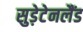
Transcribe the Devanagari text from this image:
सुड़ेटेनलैंड